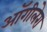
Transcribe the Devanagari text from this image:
ऑगीलेरा